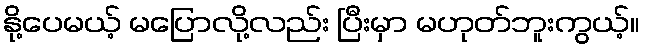
နို့ပေမယ့် မပြောလို့လည်း ပြီးမှာ မဟုတ်ဘူးကွယ့်။